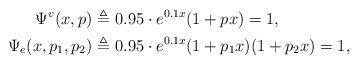
LaTeX: \begin{align*}\Psi^v(x,p)\triangleq&~0.95\cdot{e}^{0.1x}(1+px)=1,\\\Psi_e(x,p_1,p_2)\triangleq&~0.95\cdot{e}^{0.1x}(1+p_1x)(1+p_2x)=1,\end{align*}